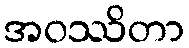
အဝဿိတာ